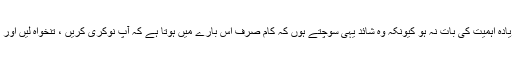
شائد کچھ لوگوں کے لئیے یہ زیادہ اہمیت کی بات نہ ہو کیونکہ وہ شائد یہی سوچتے ہوں کہ کام صرف اس بارے میں ہوتا ہے کہ آپ نوکری کریں ، تنخواہ لیں اور گھر جا کر اپنی زندگی گزاریں۔